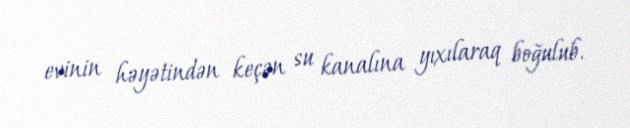
evinin həyətindən keçən su kanalına yıxılaraq boğulub.